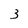
Character: 3